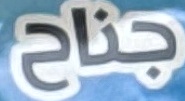
جناح